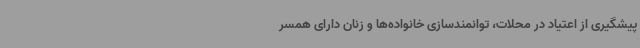
پیشگیری از اعتیاد در محلات، توانمندسازی خانواده‌ها و زنان دارای همسر